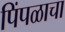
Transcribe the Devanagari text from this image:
पिंपळाचा